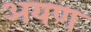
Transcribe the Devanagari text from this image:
अयण